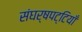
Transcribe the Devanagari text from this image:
संघर्षपट्टियाँ